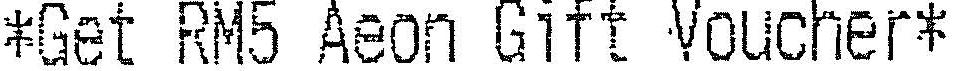
*GET RM5 AEON GIFT VOUCHER*